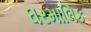
ઘરમાલિક